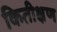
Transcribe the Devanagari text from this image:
कितीक्षण